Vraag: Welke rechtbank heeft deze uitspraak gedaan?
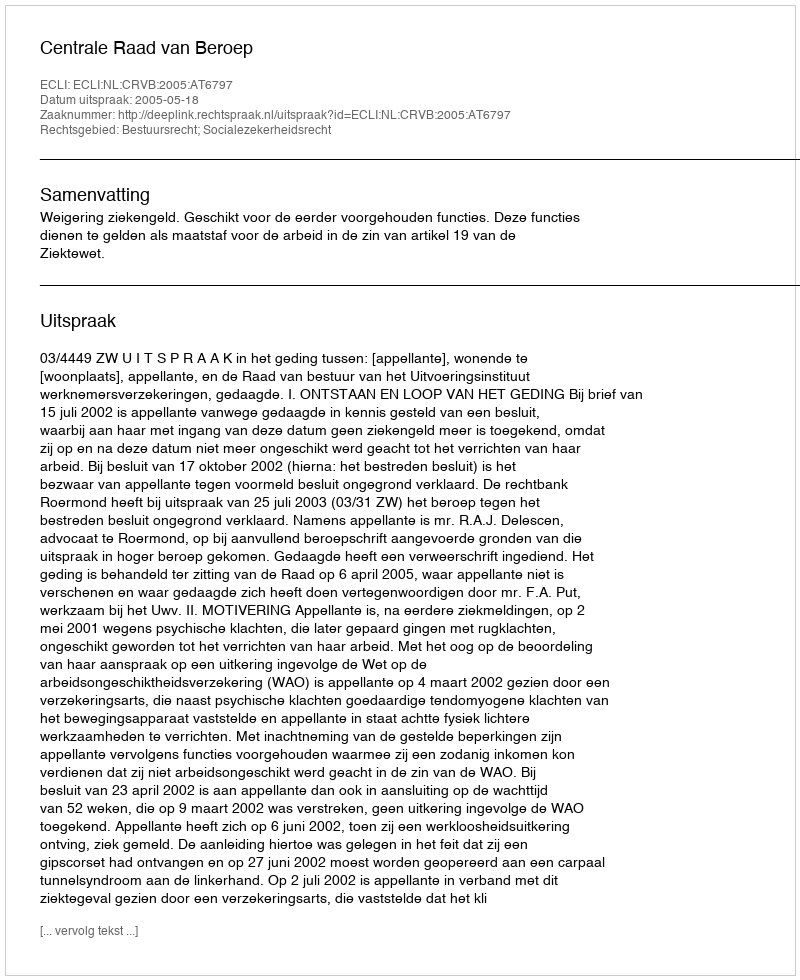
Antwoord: Centrale Raad van Beroep